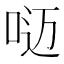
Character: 𰇥